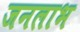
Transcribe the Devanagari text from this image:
जनलाभ